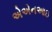
એએનઆઇ